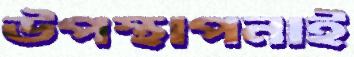
উপস্থাপনাই